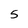
Character: 5